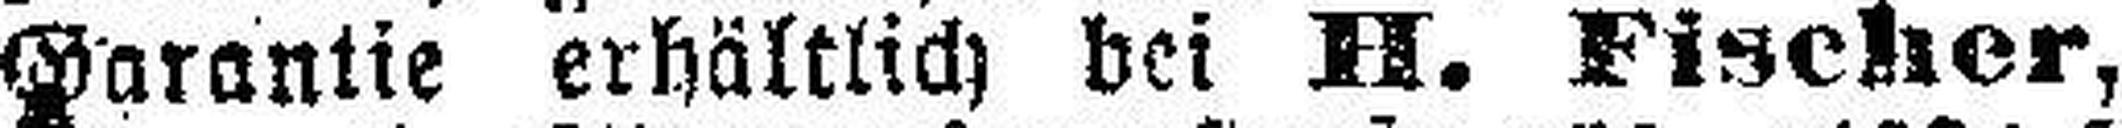
Garantie erhältlich bei H. Fischer,